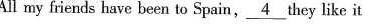
All my friends have been to Spain,\underline{4}they like it